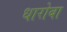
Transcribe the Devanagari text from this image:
धारोबा